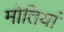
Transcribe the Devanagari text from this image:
मोतियां